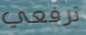
ترفعي